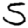
Digit: 5